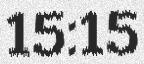
15:15